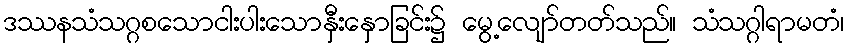
ဒဿနသံသဂ္ဂစသောငါးပါးသောနှီးနှောခြင်း၌ မွေ့လျော်တတ်သည်။ သံသဂ္ဂါရာမတံ၊